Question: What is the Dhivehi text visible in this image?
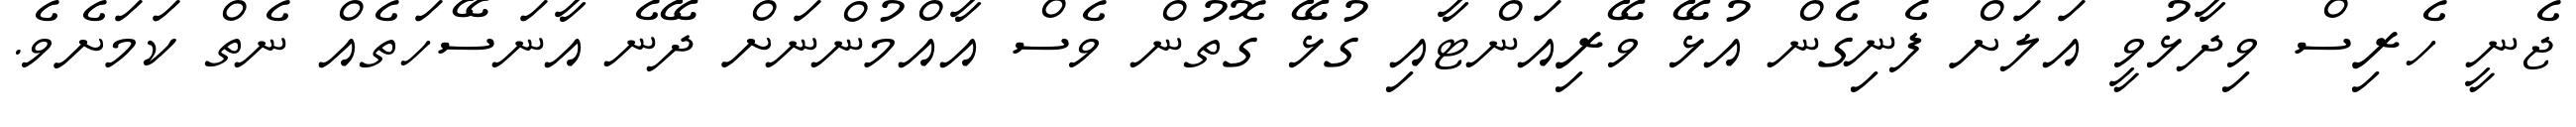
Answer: ޖެނީ ހެރިސް ވިދާޅުވީ އަލަށް ފެނިގެން އުޅޭ ވޭރިއަންޓާއި ގުޅޭ ގޮތުން ވެސް އާއްމުންނަށް ދޭނެ އާނަސޭހަތެއް ނެތް ކަމަށެވެ.